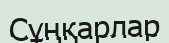
Сұңқарлар